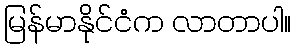
မြန်မာနိုင်ငံက လာတာပါ။